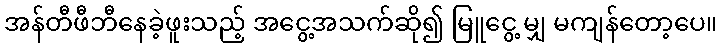
အန်တီဖီဘီနေခဲ့ဖူးသည့် အငွေ့အသက်ဆို၍ မြူငွေ့ မျှ မကျန်တော့ပေ။